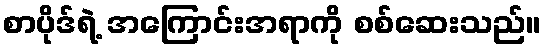
စာပိုဒ်ရဲ့ အကြောင်းအရာကို စစ်ဆေးသည်။